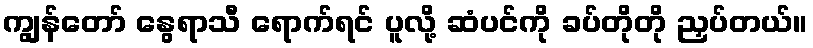
ကျွန်တော် နွေရာသီ ရောက်ရင် ပူလို့ ဆံပင်ကို ခပ်တိုတို ညှပ်တယ်။